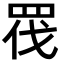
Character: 𭾬